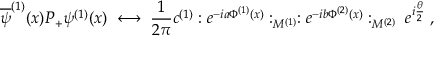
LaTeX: \overline { { { \psi } } } ^ { ( 1 ) } ( x ) P _ { + } \psi ^ { ( 1 ) } ( x ) \; \longleftrightarrow \; \frac { 1 } { 2 \pi } c ^ { ( 1 ) } : e ^ { - i a \Phi ^ { ( 1 ) } ( x ) } : _ { M ^ { ( 1 ) } } : e ^ { - i b \Phi ^ { ( 2 ) } ( x ) } : _ { M ^ { ( 2 ) } } \; e ^ { i \frac { \theta } { 2 } } \; ,